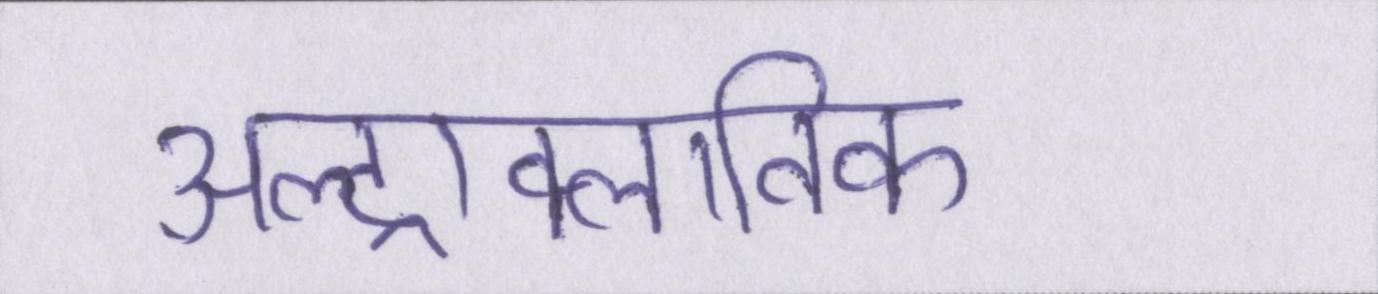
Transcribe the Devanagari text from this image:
अल्ट्राक्लाविक